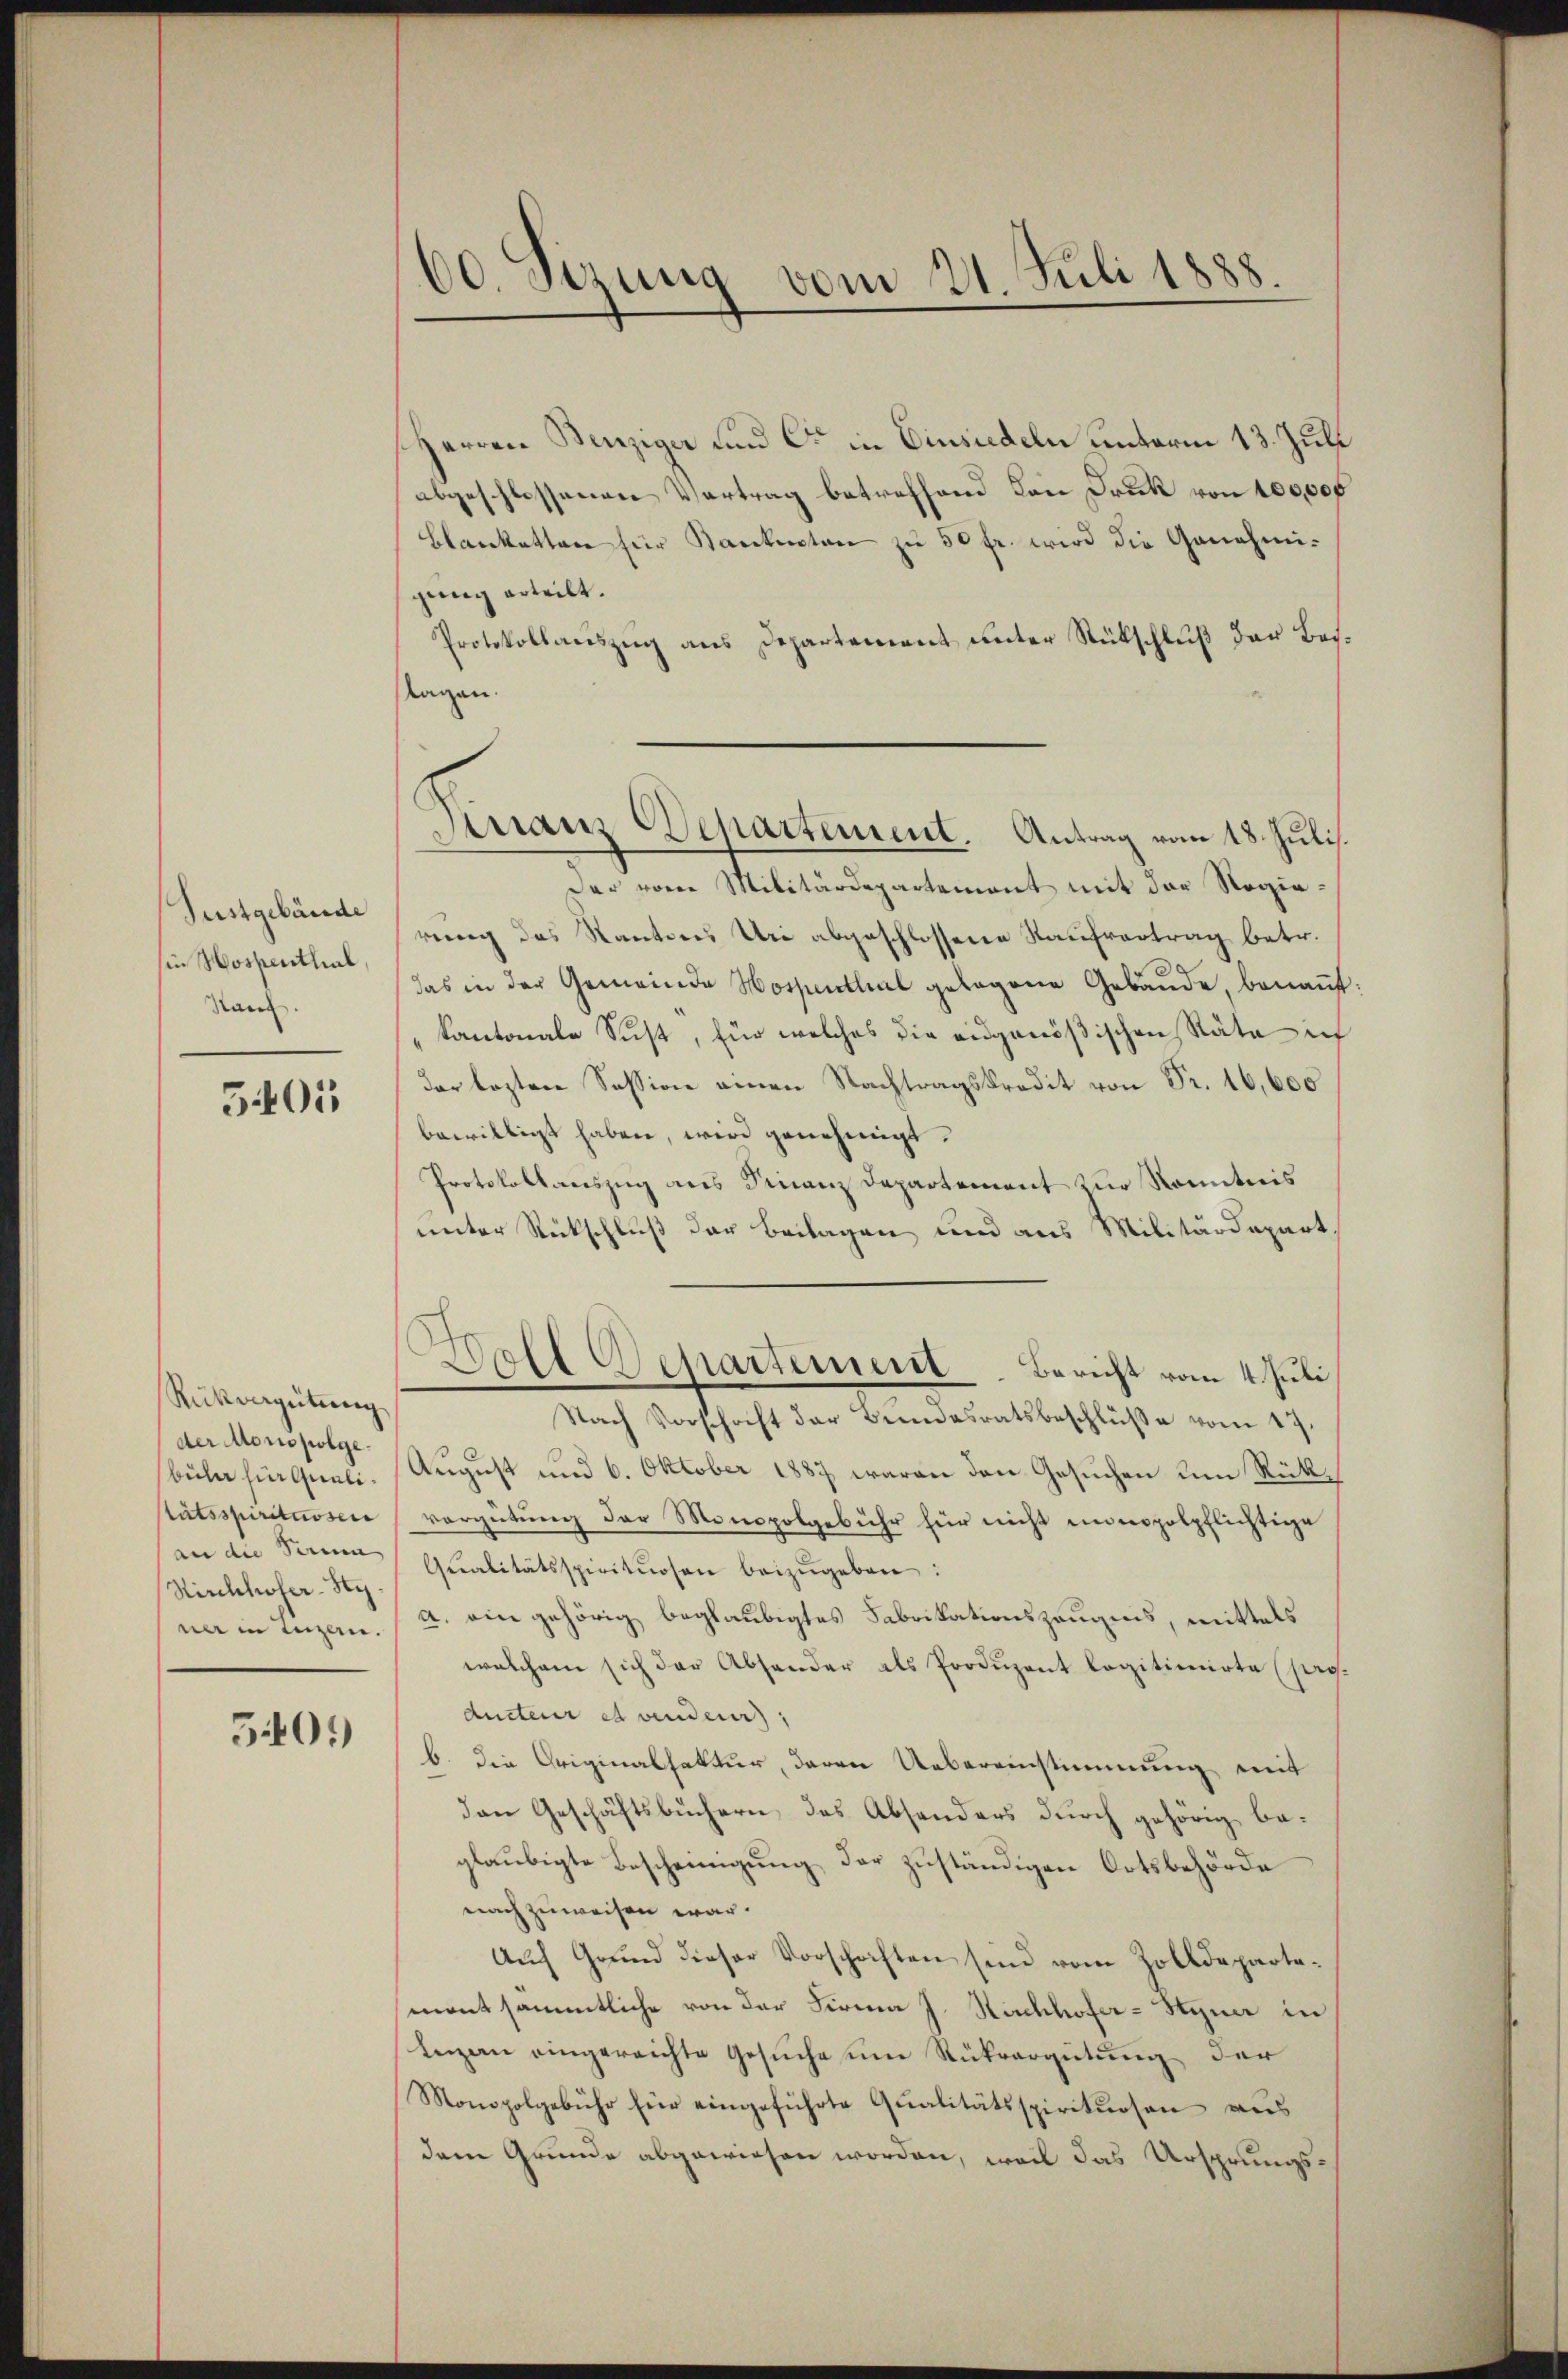
Sustgebäude
sin Hospenthal,
Rau.

5401

Rükvergütung
büler hier qualitätsspirituosen
an die Serien |
Kirchhofer-Hy.
ner in Luzen.

5401)

Herren Benziger und Cie in Einsiedeln unterm 13. Juli
abgeschlossenen Vertrag betreffend dan Druck von 100,000
Blanketten für Kantenten zu 50 fr. wird die Genehmigung erteilt.
Protokollauszug aus Departement unter Rückschluß der Besslagen.

60. Sizung vom 21. Juli 1888.

Finanz Departement. Antrag vom 18. Juli.

Der vom Militärdepartement mit der Regierung des Kantones Uri abgeschlossene Kaufvertrag betr.
d
das in der Gemeinde Hospenthal gelegene Gebäude, benannt
kantonale Sust, für welches die eidgenößischen Stäte ich
der lezten Session einen Nachtragskredit von Fr. 16,600
bewilligt haben, wird genehmigt.
Protokollauszug aus Finanz Departement zur Kenntnis
unter Rückschluß der Beilagen und aus Militärdepart,
der Monopolge August und 6. Oktober 1887 waren den Gesuchen um Rückvergütung der Monopolgebühr für nicht innopolpflichtige
Qŭalitätsspirituosen beizŭgeben:
a. ein gehörig beglaubigtes Fabrikationszeugnis, mittels
welchem sich der Absonder als Produzent legitimirte (Producteur et venderer,
b. die Originalfaktur, deren Uebereinstimmung mit
den Geschäftsbüchern, das Absonders durch gehörig beglaubigte Bescheinigung der zuständigen Ortsbehörde
nachzuweisen war.
Auch Grund dieser Vorschriften sind vom Zolldepartemnent sämmtliche von der Firma J. Kirchhofer-Styner in
Inzen eingereichte Gesuche um Rückvergütung der
Monopolgebühr für eingeführte Qualitätsspirituosen aus
dem Grunde abgewiesen worden, weil das Ursprungs¬

all Departement. Bericht vom 4. Juli
Nach Vorschaft der Bundesratsbeschlüβe vom 17.